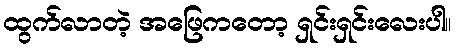
ထွက်လာတဲ့ အဖြေကတော့ ရှင်းရှင်းလေးပါ။